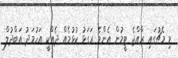
މި މެޗުގައި ރާއްޖެ ޓީމުން އެންމެ ރަގަޅު ކުޅުމެއް ދެއްކީ އަހުމަދު އަބްދުލް